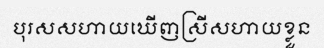
បុរសសហាយឃើញស្រីសហាយខ្លួន